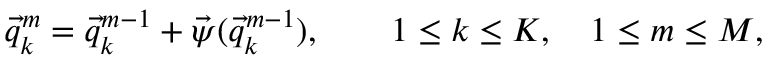
\vec { q } _ { k } ^ { m } = \vec { q } _ { k } ^ { m - 1 } + \vec { \psi } ( \vec { q } _ { k } ^ { m - 1 } ) , \qquad 1 \leq k \leq K , \quad 1 \leq m \leq M ,